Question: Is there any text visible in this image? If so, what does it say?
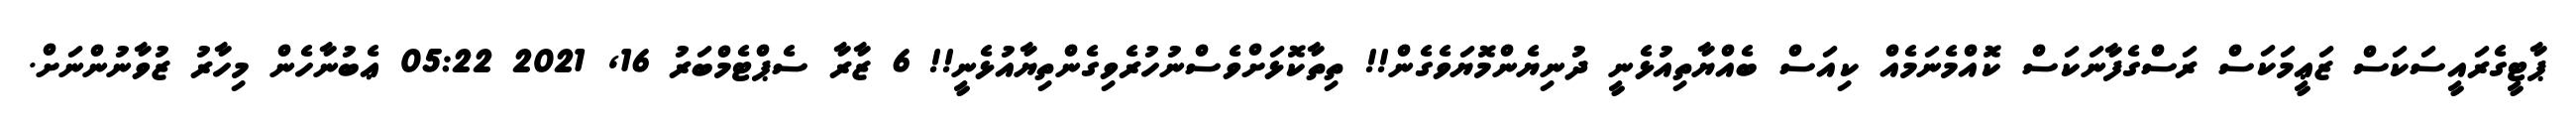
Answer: ޕާޓީގެރައީސަކަސް ޒަޢީމަކަސް ރަސްގެފާނަކަސް ކޮއްމެނަމެއް ކިއަސް ބެއްޔާތިއުޅެނީ ދުނިޔެންމޮޔަވެގެން!! ތިތާކޮޅަށްވެސްނުހުރެވިގެންތިޔާއުޅެނީ!! 6 ޒާރާ ސެޕްޓެމްބަރު 16, 2021 05:22 ޢެބުނާހެން މިހާރު ޒުވާނުންނަށް.